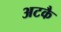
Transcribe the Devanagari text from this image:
अटकै